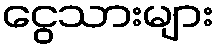
ငွေသားများ